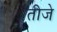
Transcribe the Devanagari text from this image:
तीजे